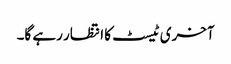
آخری ٹیسٹ کا انتظار رہے گا۔